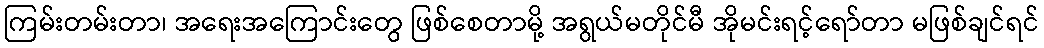
ကြမ်းတမ်းတာ၊ အရေးအကြောင်းတွေ ဖြစ်စေတာမို့ အရွယ်မတိုင်မီ အိုမင်းရင့်ရော်တာ မဖြစ်ချင်ရင်